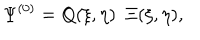
\Psi ^ { ( 0 ) } = Q ( \xi , \eta ) ~ ~ \Xi ( \xi , \eta ) ,